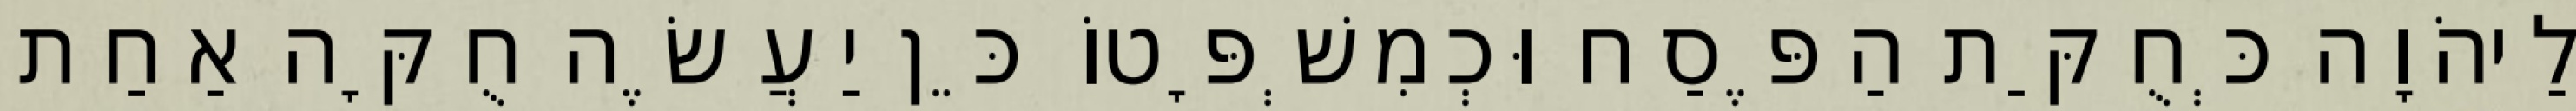
לַיהֹוָה כְּחֻקַּת הַפֶּסַח וּכְמִשְׁפָּטוֹ כֵּן יַעֲשֶׂה חֻקָּה אַחַת